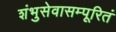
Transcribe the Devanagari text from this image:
शंभुसेवासम्पूरितं